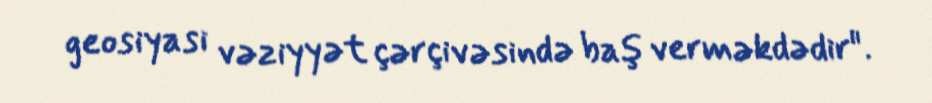
geosiyasi vəziyyət çərçivəsində baş verməkdədir".